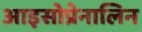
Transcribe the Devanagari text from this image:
आइसोप्रेनालिन